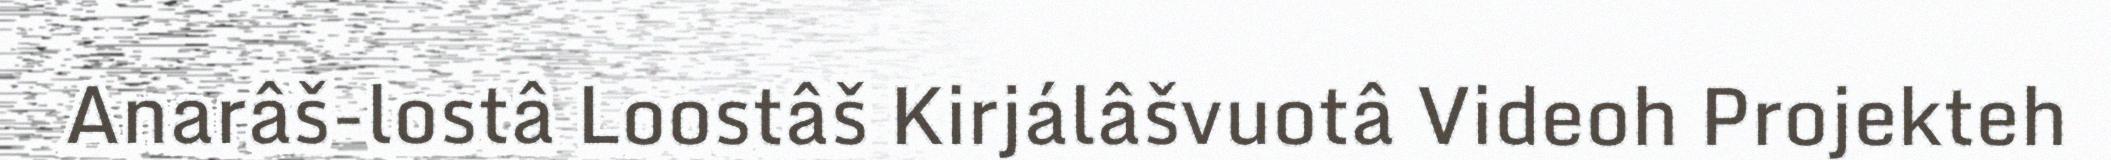
Anarâš-lostâ Loostâš Kirjálâšvuotâ Videoh Projekteh